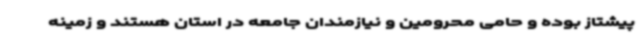
پیشتاز بوده و حامی محرومین و نیازمندان جامعه در استان هستند و زمینه